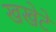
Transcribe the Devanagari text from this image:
खखेटे